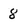
Character: 8